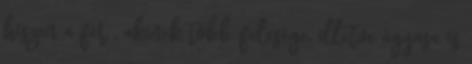
hiszen a férﬁ, akinek több felesége, illetve ágyasa is